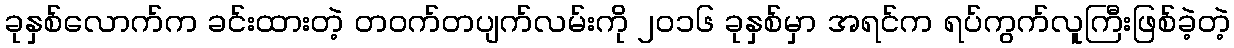
ခုနှစ်လောက်က ခင်းထားတဲ့ တဝက်တပျက်လမ်းကို ၂၀၁၆ ခုနှစ်မှာ အရင်က ရပ်ကွက်လူကြီးဖြစ်ခဲ့တဲ့